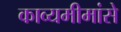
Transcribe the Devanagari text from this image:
काव्यमीमांसे